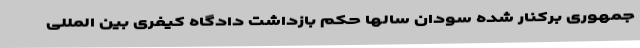
جمهوری برکنار شده سودان سالها حکم بازداشت دادگاه کیفری بین المللی